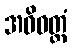
အဓိဝတ္ထံ